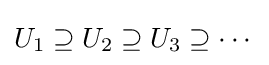
U_{1}\supseteq U_{2}\supseteq U_{3}\supseteq \cdots